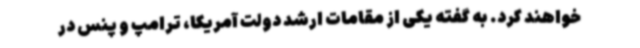
خواهند کرد. به گفته یکی از مقامات ارشد دولت آمریکا، ترامپ و پنس در